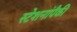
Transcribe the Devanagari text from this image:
स्टेशनांपैकी